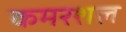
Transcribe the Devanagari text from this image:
कमरशल